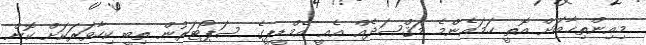
މިއިންތިޚާބަށް އޮތީ ހަމައެންމެ މަޤްޞަދެއް އެއީ އެމްޑީޕީގެ ސަޕޯޓަރުން ތިބީ ކިހާވަރަކަށް ކޮން